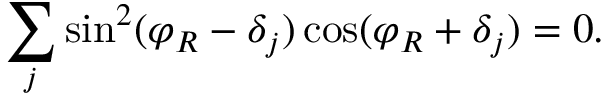
\sum _ { j } \sin ^ { 2 } ( \varphi _ { R } - \delta _ { j } ) \cos ( \varphi _ { R } + \delta _ { j } ) = 0 .